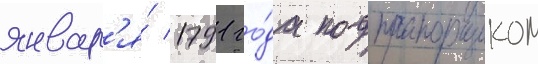
январ'я́ 1791 го́да подпрапорщиком